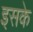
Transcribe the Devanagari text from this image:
इसके